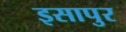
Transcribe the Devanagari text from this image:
इसापुर